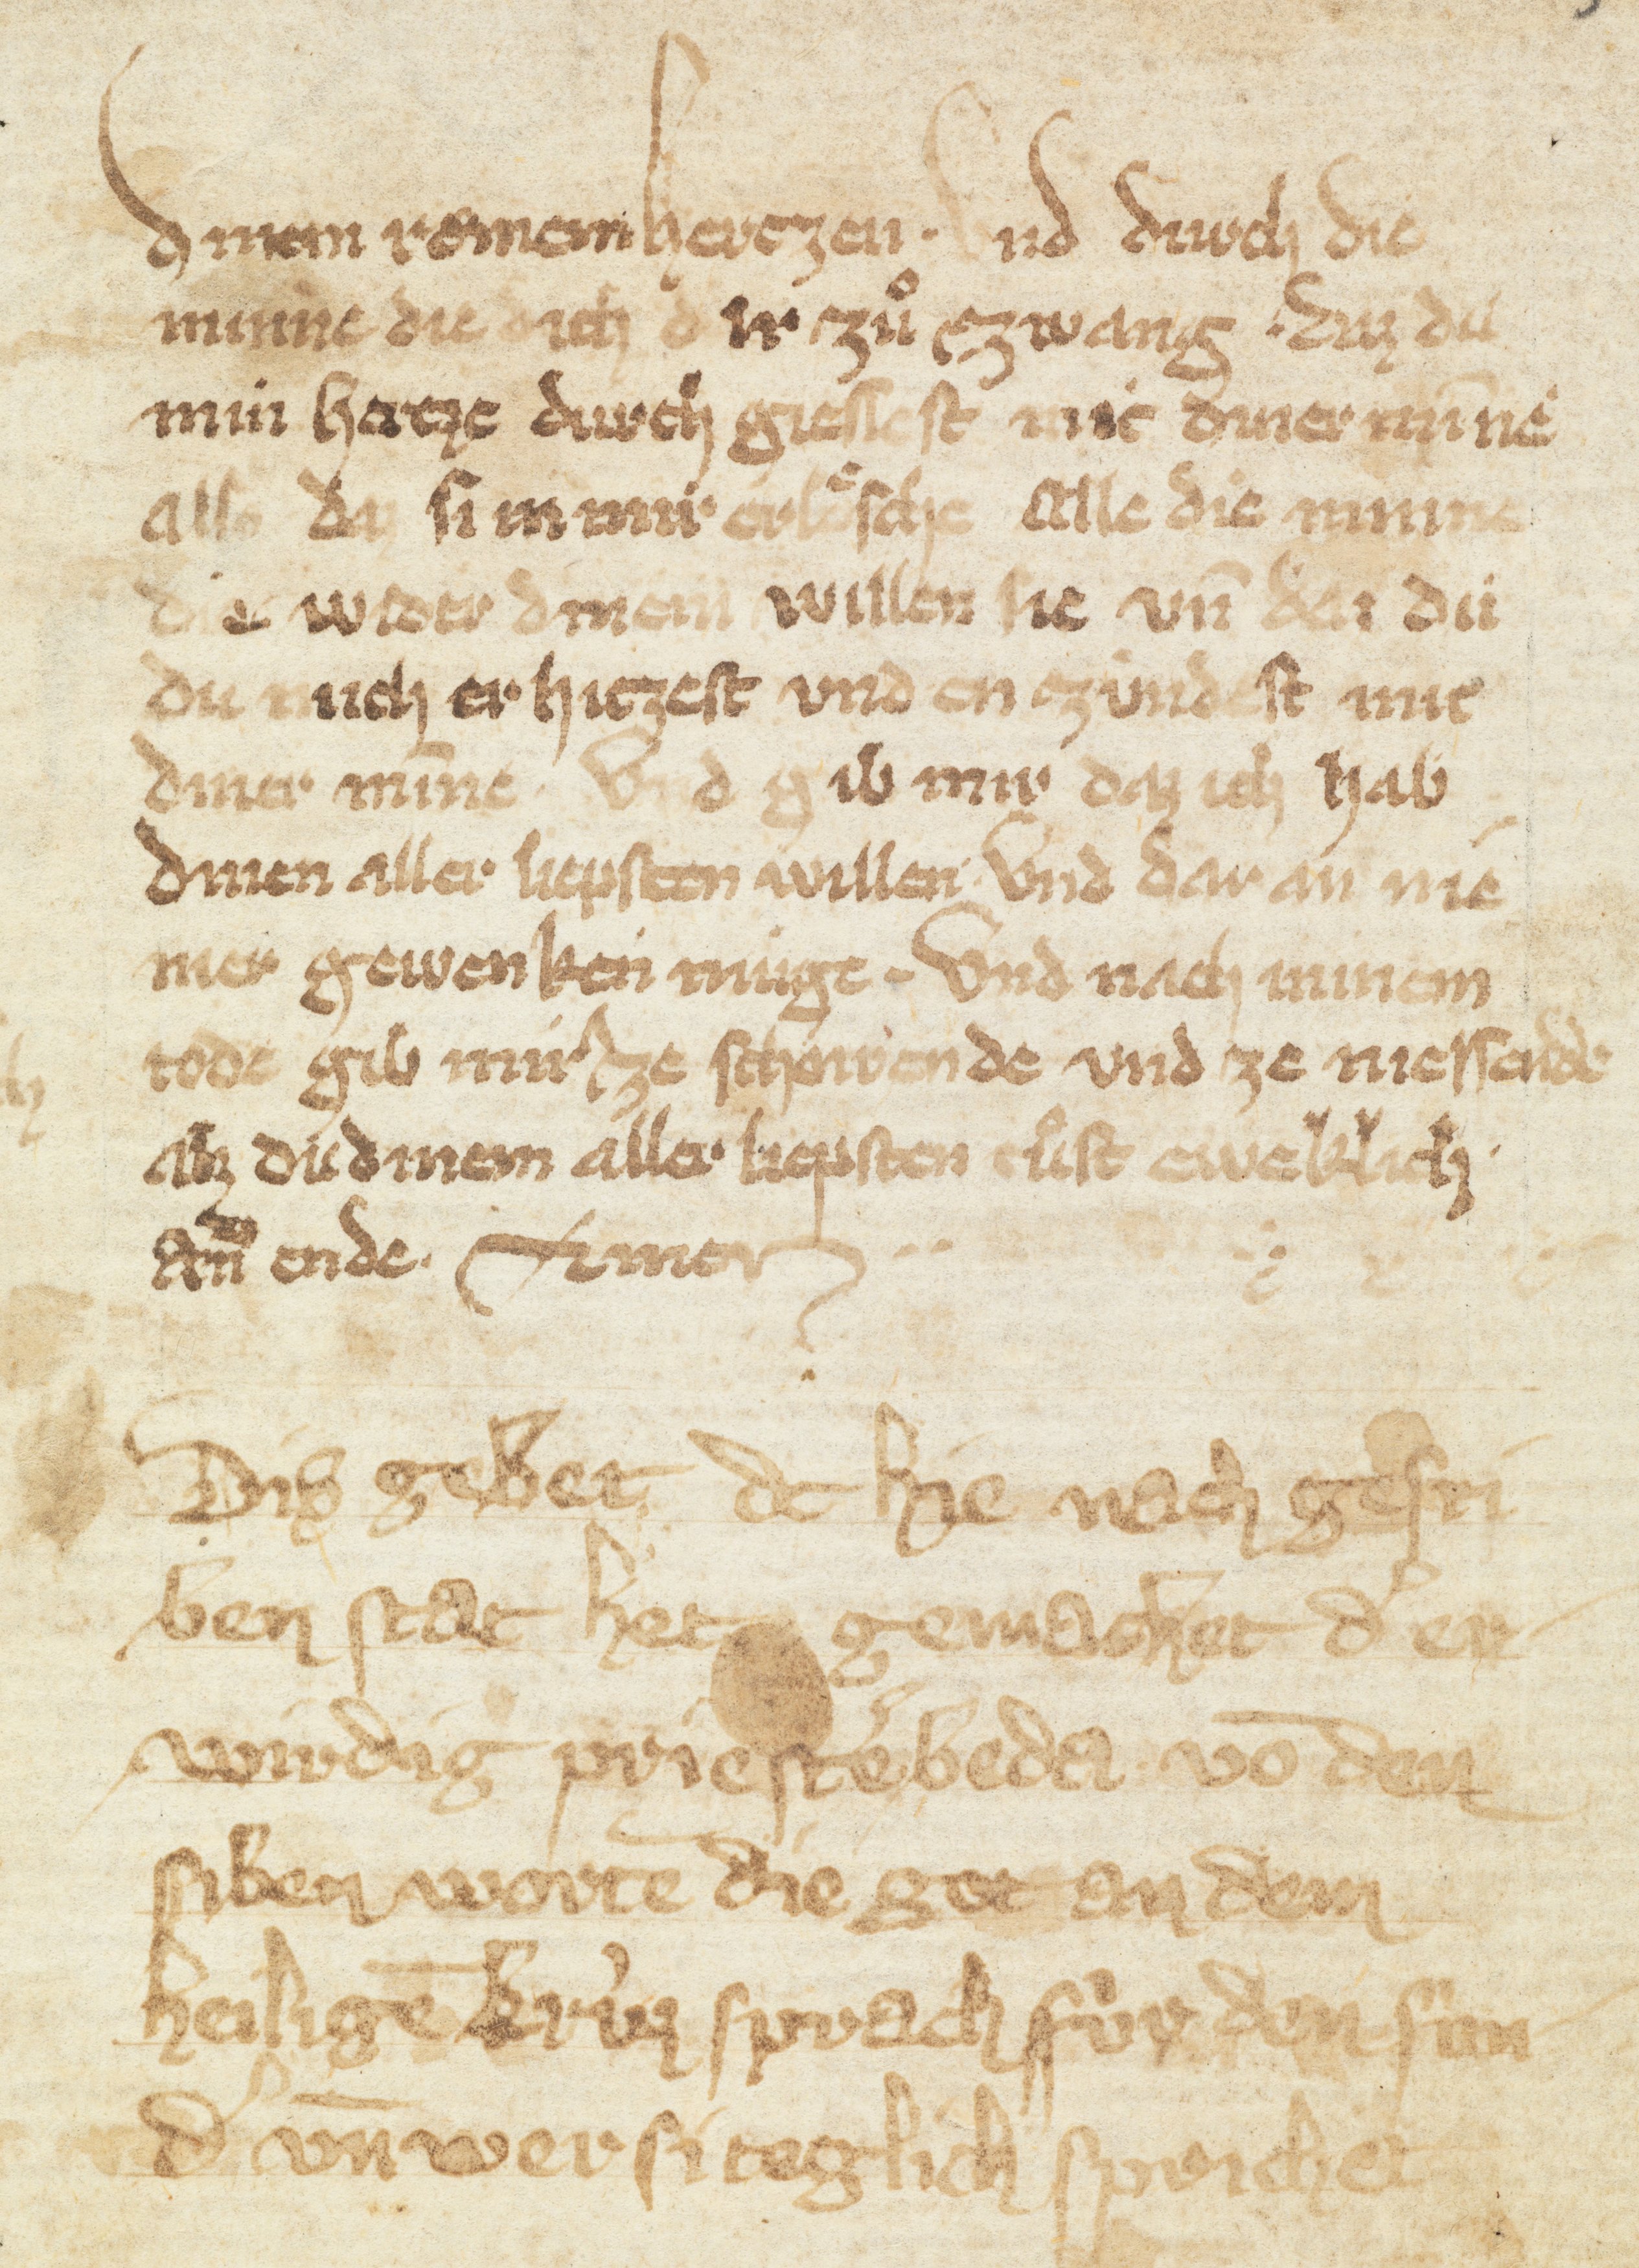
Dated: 1375–1399